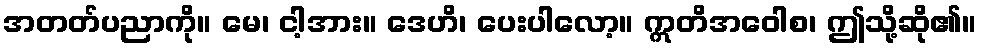
အတတ်ပညာကို။ မေ၊ ငါ့အား။ ဒေဟိ၊ ပေးပါလော့။ ဣတိအဝေါစ၊ ဤသို့ဆို၏။